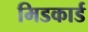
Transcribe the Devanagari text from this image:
मिडकार्ड